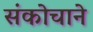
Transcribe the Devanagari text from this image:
संकोचाने